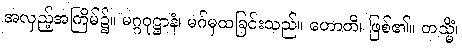
အလှည့်အကြိမ်၌။ မဂ္ဂဝုဋ္ဌာနံ၊ မဂ်မှထခြင်းသည်။ ဟောတိ၊ ဖြစ်၏။ တသ္မိံ၊